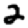
Digit: 2